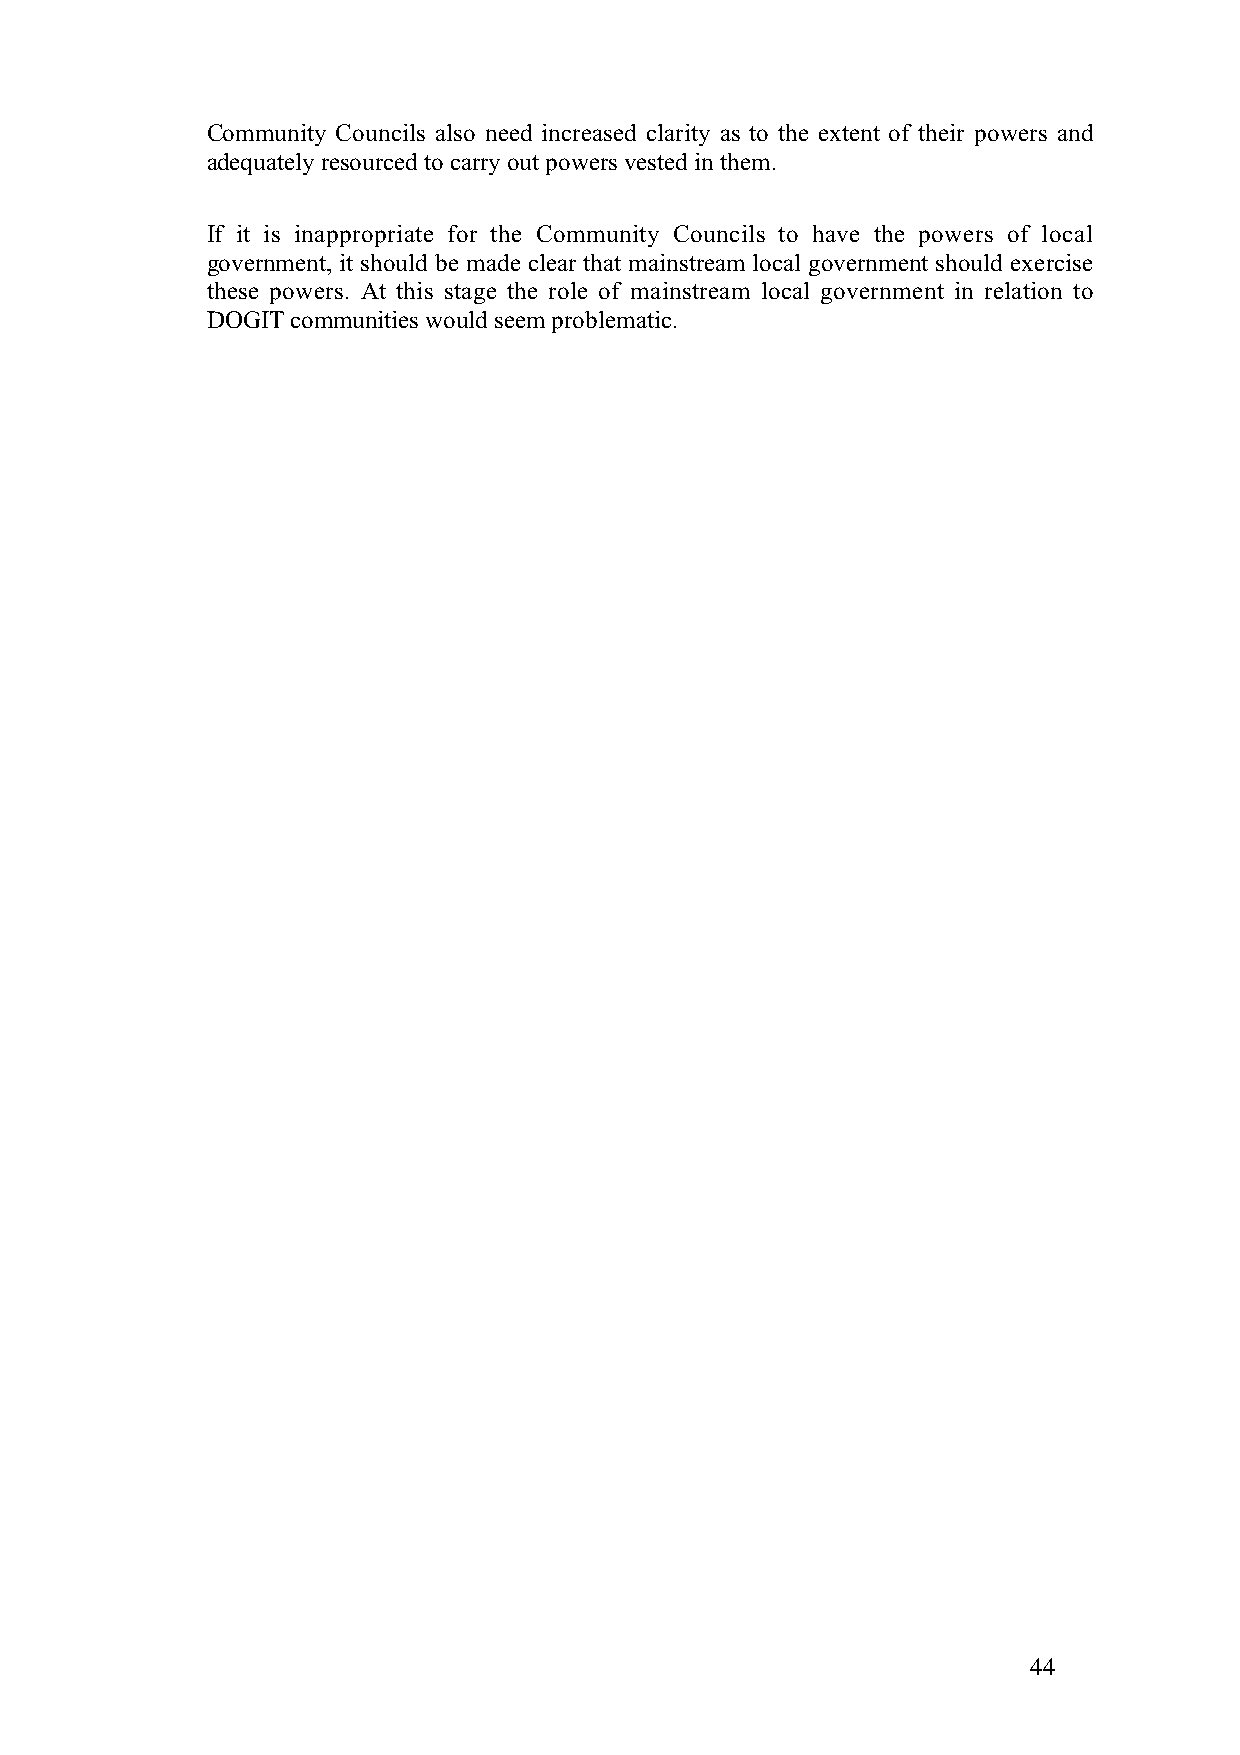
Community Councils also need increased clarity as to the extent of their powers and
 adequately resourced to carry out powers vested in them.
 If it is inappropriate for the Community Councils to have the powers of local
 government, it should be made clear that mainstream local government should exercise
 these powers. At this stage the role of mainstream local government in relation to
 DOGIT communities would seem problematic.
 44